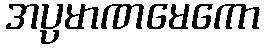
အပ္ပမာဏမေကော